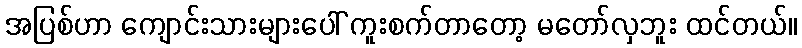
အပြစ်ဟာ ကျောင်းသားများပေါ် ကူးစက်တာတော့ မတော်လှဘူး ထင်တယ်။